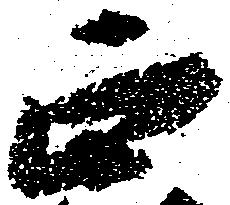
正